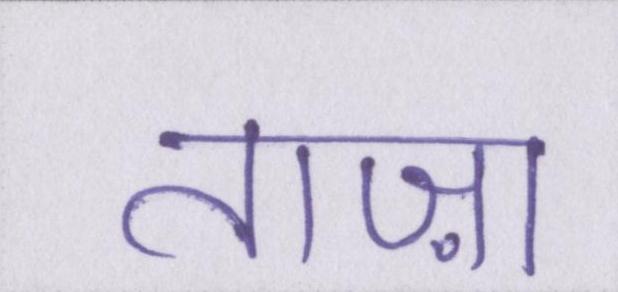
ताज़ा